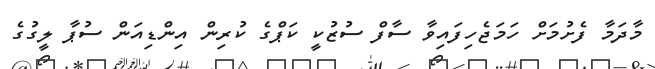
މާދަމާ ފެށުމަށް ހަމަޖެހިފައިވާ ސާފް ސުޒުކީ ކަޕްގެ ކުރިން އިންޑިއަން ސުޕާ ލީގުގެ